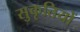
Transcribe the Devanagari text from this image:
सुकृतियों